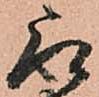
取